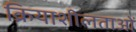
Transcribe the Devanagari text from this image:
क्रियाशीलताओं